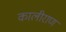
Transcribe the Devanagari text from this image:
कालीराण